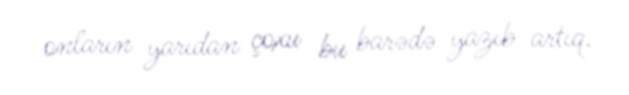
onların yarıdan çoxu bu barədə yazıb artıq.